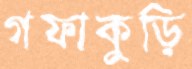
গফাকুড়ি